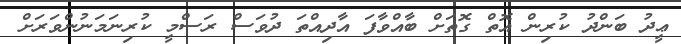
ޢީދު ބަންދު ކުރިން އޮތް ގޮތަށް ބާއްވާފަ އާދިއްތަ ދުވަސް ރަސްމީ ކުރިނަމަނުންވަރަށް